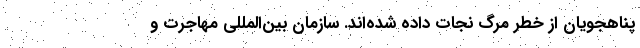
پناهجویان از خطر مرگ نجات داده شده‌اند. سازمان بین‌المللی مهاجرت و